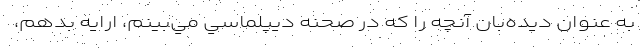
به عنوان ديده‌بان آنچه را كه در صحنه ديپلماسي مي‌بينم، ارايه بدهم،